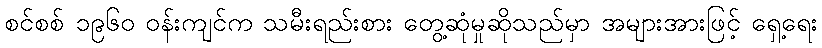
စင်စစ် ၁၉၆၀ ဝန်းကျင်က သမီးရည်းစား တွေ့ဆုံမှုဆိုသည်မှာ အများအားဖြင့် ရှေ့ရေး